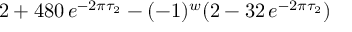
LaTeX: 2 + 4 8 0 \, e ^ { - 2 \pi \tau _ { 2 } } - ( - 1 ) ^ { w } ( 2 - 3 2 \, e ^ { - 2 \pi \tau _ { 2 } } )